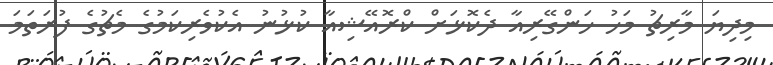
މިދިޔަ މާރިޗު މަހު ހަންގޭރިއާ ދެކޮޅަށް ކްރޮއޭޝިއާ ކުޅުނު އެކުވެރިކަމުގެ މެޗުގެ ފުރަތަމަ